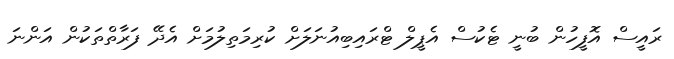
ރައީސް އޮފީހުން ބުނީ ޓެކުސް އެޕީލް ޓްރައިބިއުނަލަށް ކުރިމަތިލުމަށް އެދޭ ފަރާތްތަކުން އަންނަ